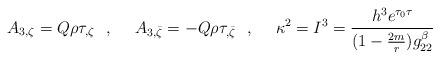
LaTeX: \begin{align*}A_{3,\zeta}=Q\rho\tau_{,\zeta}\ \ ,\ \ \ \ A_{3,\bar {\zeta}}=-Q\rho\tau_{,\bar {\zeta}}\ \ ,\ \ \ \ \kappa^2=I^3={h^3e^{\tau_0\tau}\over(1-{2m\over r})g_{22}^{\beta}}\end{align*}